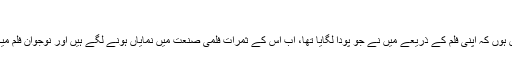
“
ریما کا مزید کہنا تھاکہ میں اس بات پر بہت خوش ہوں کہ اپنی فلم کے ذریعے میں نے جو پودا لگایا تھا، اب اس کے ثمرات فلمی صنعت میں نمایاں ہونے لگے ہیں اور نوجوان فلم میکرز کی فلم انڈسٹری میں آمد اس کازندہ ثبوت ہے۔